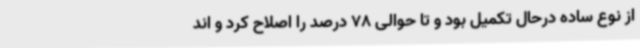
از نوع ساده درحال تکمیل بود و تا حوالی 78 درصد را اصلاح کرد و اند